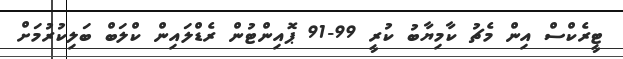
ޓީރެކްސް އިން މެޗު ކާމިޔާބު ކުރީ 99-91 ޕޮއިންޓުން ރެޑްލައިން ކްލަބް ބަލިކުރުމަށް